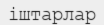
іштарлар